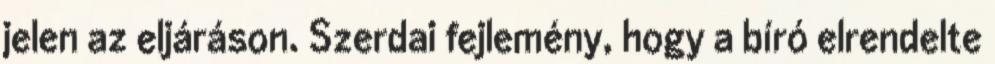
jelen az eljáráson. Szerdai fejlemény, hogy a bíró elrendelte